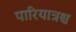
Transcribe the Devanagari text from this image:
पारियात्रश्च